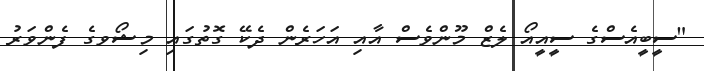
"ސީބީއެސްގެ ސީއީއޯ ލެޒް މޫންވެސް އާއި އަހަރެން ދެކޭ ގޮތުގައި މިޝޯވގެ ފެންވަރު